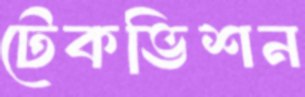
টেকভিশন